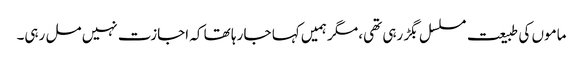
ماموں کی طبیعت مسلسل بگڑ رہی تھی، مگر ہمیں کہا جا رہا تھا کہ اجازت نہیں مل رہی۔